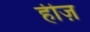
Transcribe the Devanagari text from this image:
हीज़